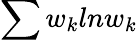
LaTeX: \sum w_{k}\textit{}ln\textit{}w_{k}